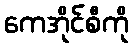
ကေအိုင်စီကို